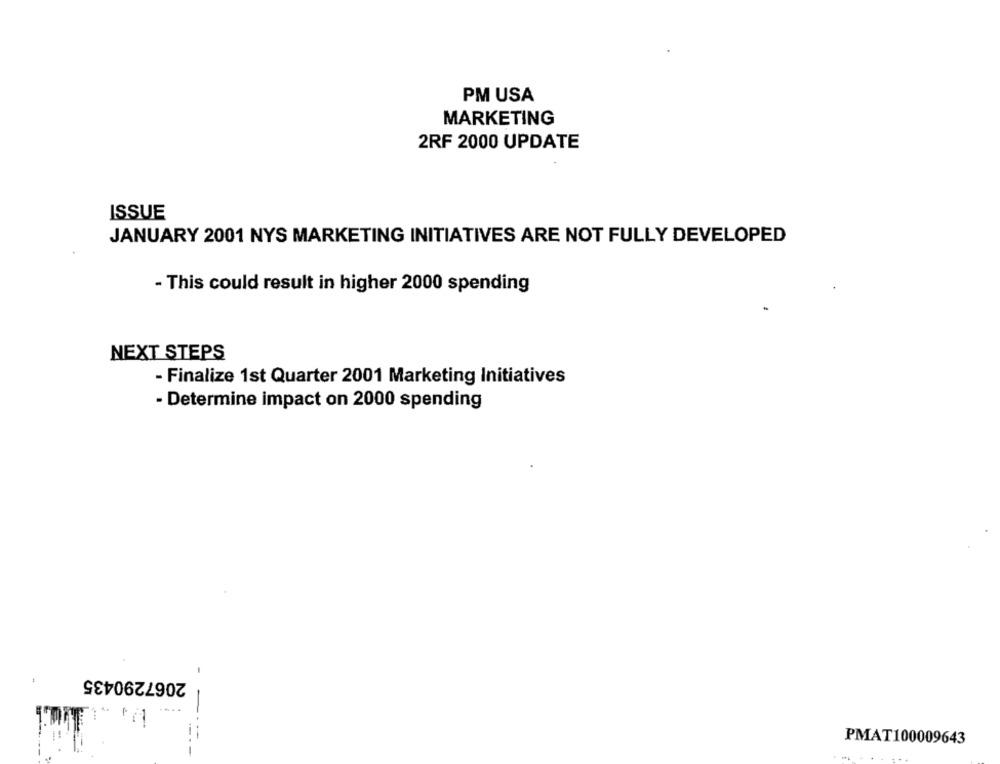
PM USA
MARKETING
2RF 2000 UPDATE
ISSUE
JANUARY 2001 NYS MARKETING INITIATIVES ARE NOT FULLY DEVELOPED
- This could result in higher 2000 spending
NEXT STEPS
- Finalize 1st Quarter 2001 Marketing Initiatives
- Determine impact on 2000 spending
2067290435
PMAT100009643